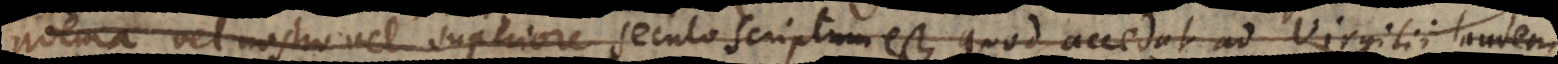
poëma vel nostro vel superiore seculo scriptum est, quod accedat ad Virgilii majesta